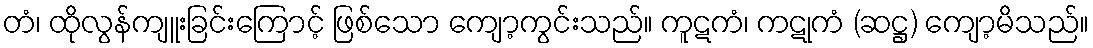
တံ၊ ထိုလွန်ကျူးခြင်းကြောင့် ဖြစ်သော ကျော့ကွင်းသည်။ ကူဋကံ၊ ကဋုကံ (ဆဋ္ဌ) ကျော့မိသည်။